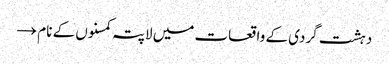
دہشت گردی کے واقعات میں لاپتہ کمسنوں کے نام →